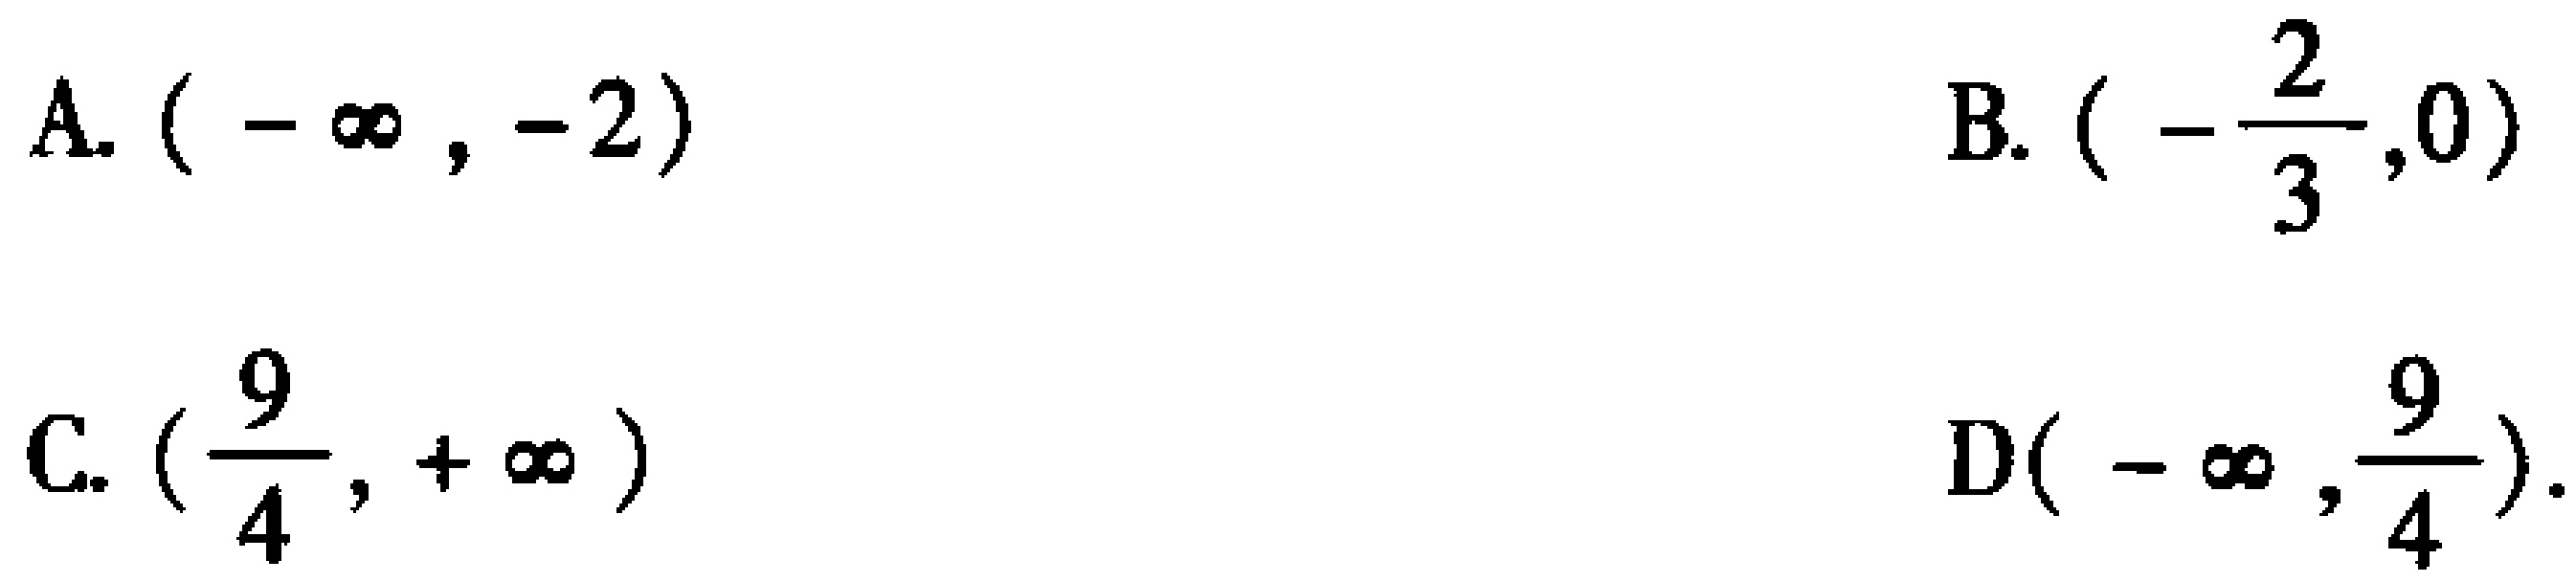
A. \((-\infty,-2)\)
B. \(\left(-\dfrac{2}{3},0\right)\)
C. \(\left(\dfrac{9}{4},+\infty\right)\)
D\(\left(-\infty,\dfrac{9}{4}\right)\).